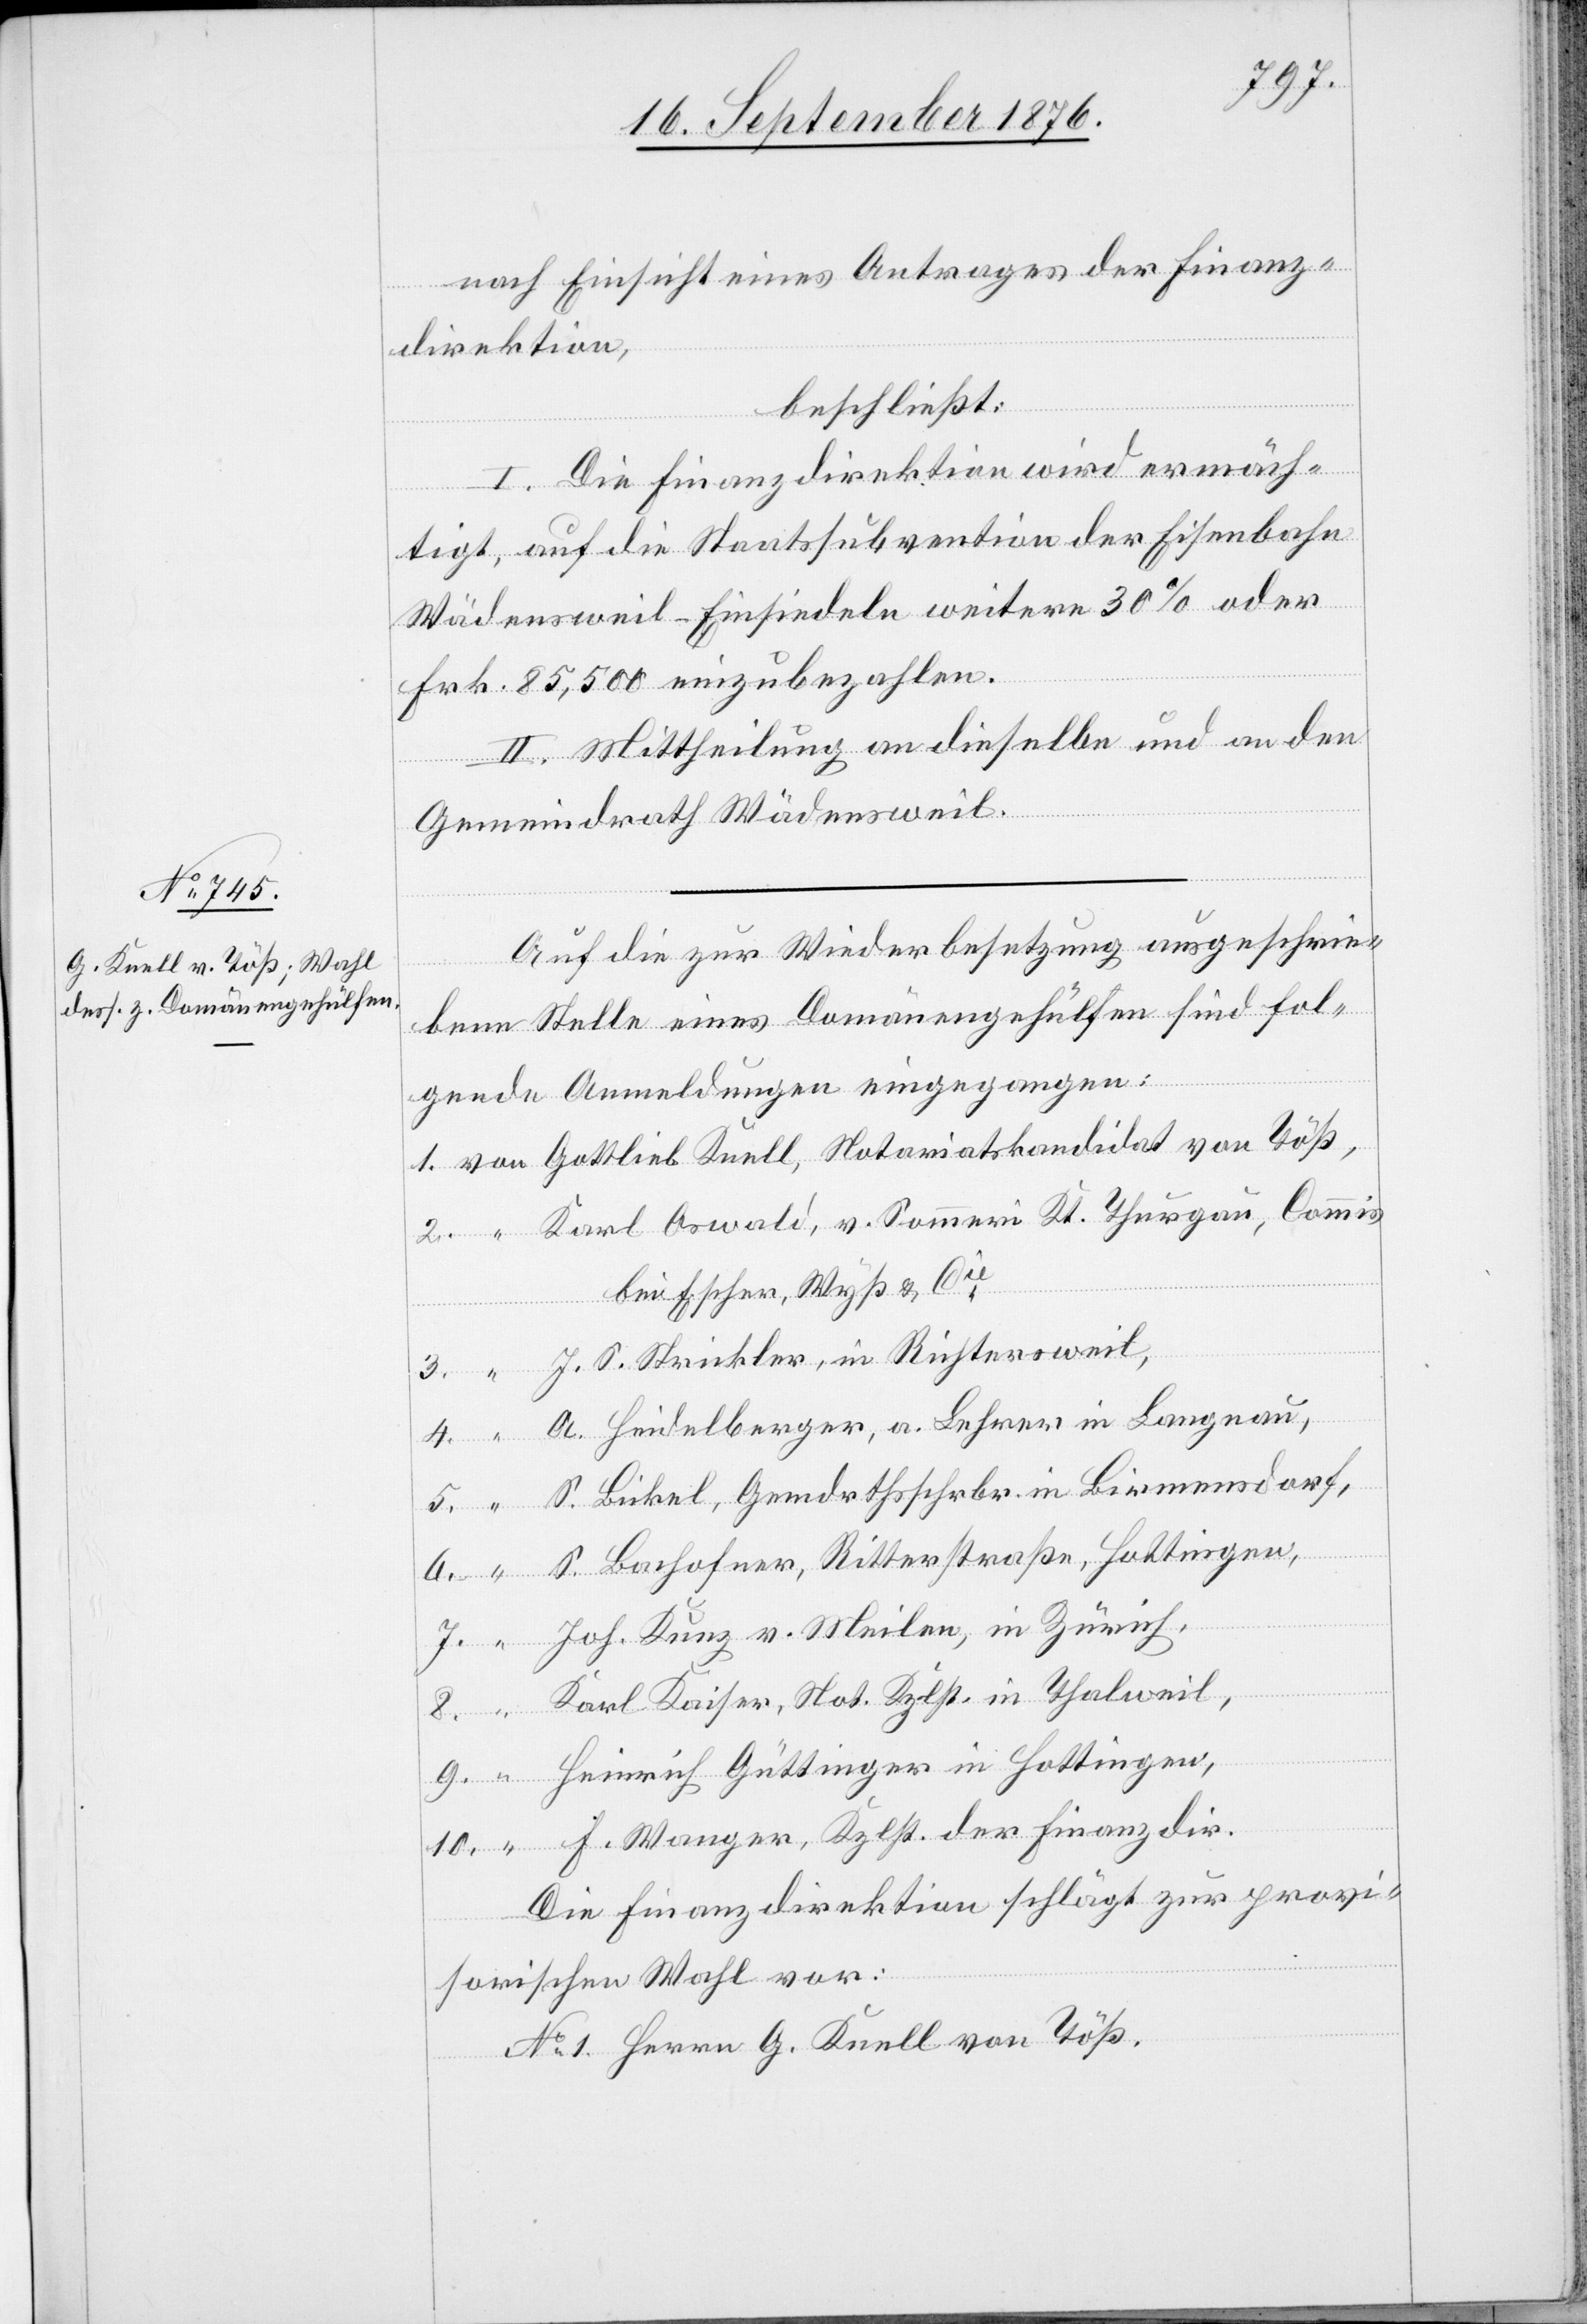
nach Einsicht eines Antrages der Finanz¬
direktion,
beschließt:
I. Die Finanzdirektion wird ermäch¬
tigt, auf die Staatssubvention der Eisenbahn
Wädensweil–Einsiedeln weitere 30% oder
Frk. 85,500 einzubezahlen.
II. Mittheilung an dieselbe und an den
von
Gemeindrath Wädensweil.
Auf die zur Wiederbesetzung ausgeschrie¬
bene Stelle eines Domänengehülfen sind fol¬
gende Anmeldungen eingegangen:
Karl Oswald, v. Sommeri Kt. Thurgau, Commis
bei Escher, Wyß & Cie
J. S. Strickler, in Richtersweil,
A. Heidelberger, a. Lehrer in Langnau,
S. Bickel, Gemdrthschrbr in Birmensdorf,
S. Bachofner, Ritterstraße, in Hottingen,
Joh. Kunz v. Meilen, in Zürich,
Karl Kaiser, Not. Kzlst, in Thalweil,
Heinrich Güttinger in Hottingen,
F. Wanger, Kzlst, der Finanzdir.
Die Finanzdirektion schlägt zur provi¬
sorischen Wahl vor:
No 1 Herrn G. Knell von Töß.